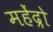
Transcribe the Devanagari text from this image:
महेंद्रो